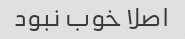
اصلا خوب نبود